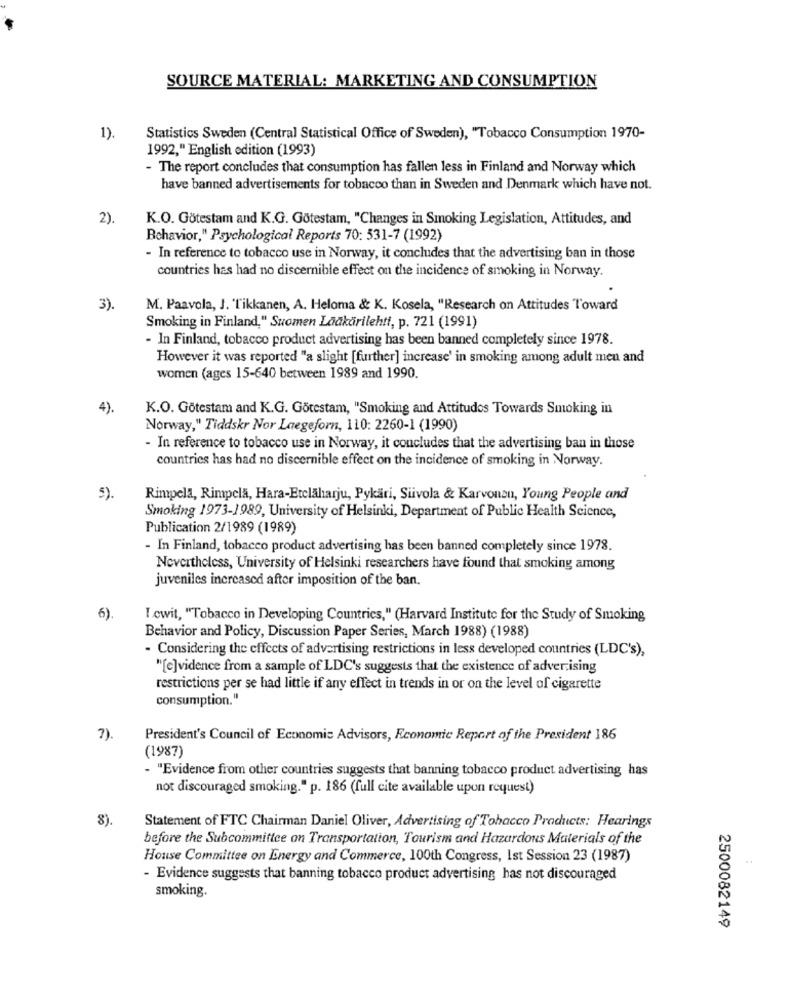
SOURCE MATERIAL: MARKETING AND CONSUMPTION
1).
Statistics Sweden (Central Statistical Office of Sweden), "Tobacco Consumption 1970-
1992," English edition (1993)
- The report concludes that consumption has fallen less in Finland and Norway which
have banned advertisements for tobacco than in Sweden and Denmark which have not.
2).
K.O. Götestam and K.G. Götestam, "Changes in Smoking Legislation, Attitudes, and
Behavior," Psychological Reports 70: 531-7 (1992)
- In reference to tobacco use in Norway, it concludes that the advertising ban in those
countries has had no discernible effect on the incidence of smoking in Norway.
3).
M. Paavola, J. 'Tikkanen, A. Heloma & K. Kosela, "Research on Attitudes Toward
Smoking in Finland," Suomen Laakärilehtf, p. 721 (1991)
- In Finland, tobacco product advertising has been banned completely since 1978.
However it was reported "a slight [further] increase' in smoking among adult men and
women (ages 15-640 between 1989 and 1990.
4).
K.O. Götestam and K.G. Götestam, "Smoking and Attitudes Towards Smoking in
Norway," Tiddskr Nor Laegeforn, 110: 2260-1 (1990)
- In reference to tobacco use in Norway, it concludes that the advertising ban in those
countries has had no discernible effect on the incidence of smoking in Norway.
5)
Rimpela, Rimpela, Hara-Etclaharju, Pykari, Siivola & Karvonzu, Young People and
Smoking 1973-1989, University of Helsinki, Department of Public Health Science,
Publication 2/1989 (1989)
- In Finland, tobacco product advertising has been banned completely since 1978.
Nevertheless, University of Helsinki researchers have found that smoking among
juveniles increased after imposition of the ban.
6)
Lowit, "Tobacco in Developing Countries," (Harvard Institute for the Study of Smoking
Behavior and Policy, Discussion Paper Series, March 1988) (1988)
- Considering the effects of advertising restrictions in less developed countries (LDC's),
"[e]vidence from a sample of LDC's suggests that the existence of advertising
restrictions per se had little if any effect in trends in or on the level of cigarette
consumption."
7).
President's Council of Economic Advisors, Economic Report of the President 186
(1987)
- "Evidence from other countries suggests that banning tobacco product advertising has
not discouraged smoking." p. 186 (full cite available upon request)
8).
Statement of FTC Chairman Daniel Oliver, Advertising of Tobacco Products: Hearings
before the Subcommittee on Transportation, Tourism and Hazardous Materials of the
House Committee on Energy and Commerce, 100th Congress, Ist Session 23 (1987)
- Evidence suggests that banning tobacco product advertising has not discouraged
smoking.
2500082149